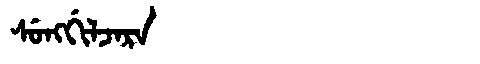
Manchu: ᠰᡠᠩᡤᡳᠯᠵᠠᡵᠠ
Romanization: SUNGGILJARA